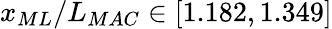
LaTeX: x_{ML}/L_{MAC}\in[1.182,1.349]